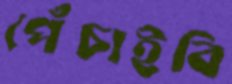
পেঁচাইবি